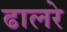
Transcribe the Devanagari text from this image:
ढालरे